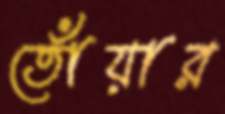
তোঁয়ার